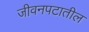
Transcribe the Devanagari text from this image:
जीवनपटातील